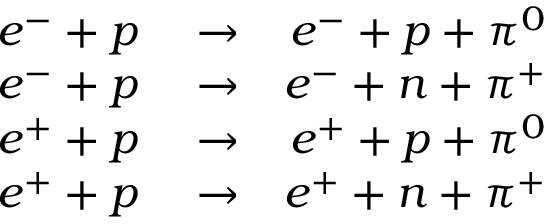
\begin{array} { r l r } { e ^ { - } + p } & { { } \rightarrow } & { e ^ { - } + p + \pi ^ { 0 } } \\ { e ^ { - } + p } & { { } \rightarrow } & { e ^ { - } + n + \pi ^ { + } } \\ { e ^ { + } + p } & { { } \rightarrow } & { e ^ { + } + p + \pi ^ { 0 } } \\ { e ^ { + } + p } & { { } \rightarrow } & { e ^ { + } + n + \pi ^ { + } } \end{array}